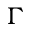
\Gamma